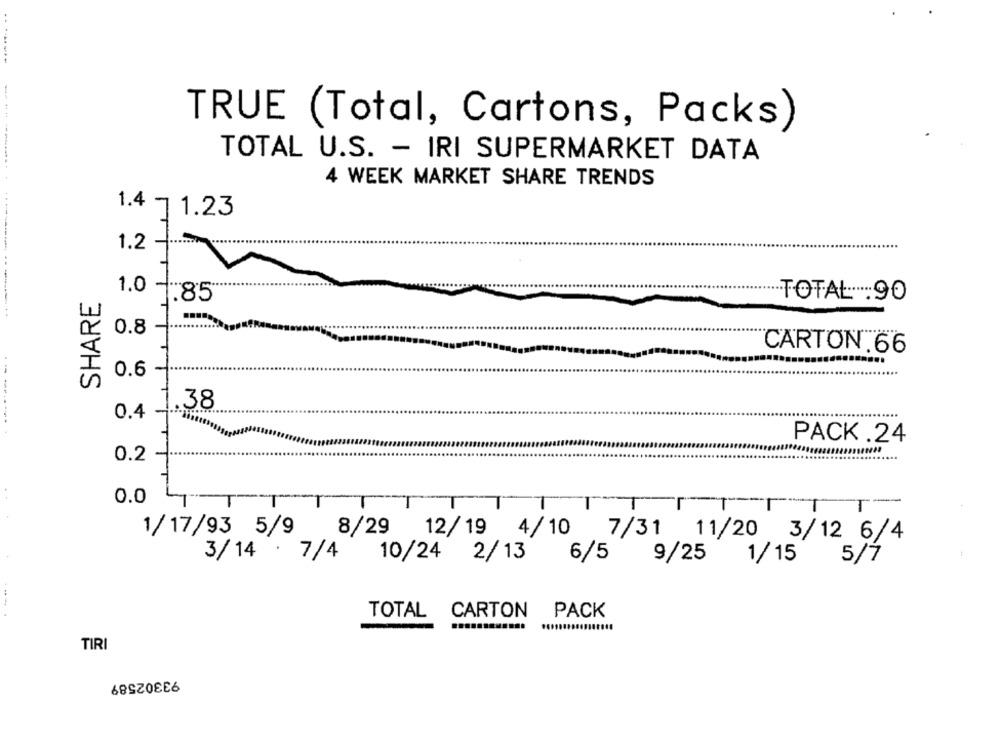
--------
TRUE (Total, Cartons, Packs)
TOTAL U.S. - IRI SUPERMARKET DATA
4 WEEK MARKET SHARE TRENDS
1.23
1.2
1.0
SHARE
TOTAL:90
1.85
-----------
0.8
CARTON.66
0.6
.38
0.4
--------
PACK.24
0.2
. .
0.0
T
1/17/93 5/9
8/29 12/19 4/10 7/31 11/20 3/12 6/4
3/14 . 7/4
10/24 2/13 6/5
9/25
1/15
5/7
TOTAL
CARTON
PACK
TIRI
93302589